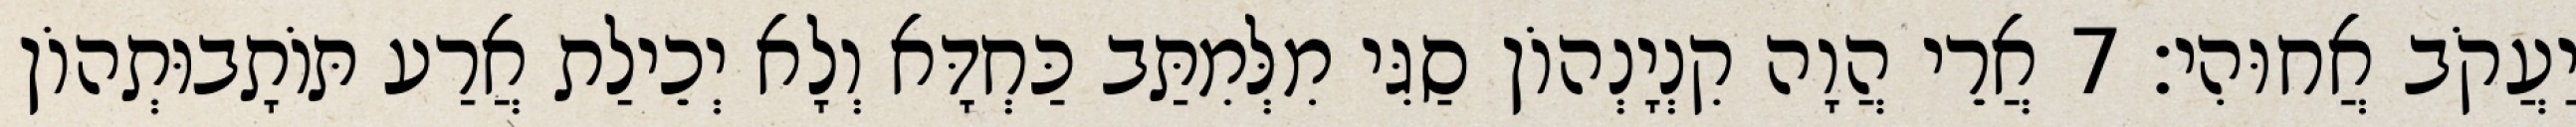
יַעֲקֹב אֲחוּהִי׃ 7 אֲרֵי הֲוָה קִנְיָנְהוֹן סַגִּי מִלְּמִתַּב כַּחְדָּא וְלָא יְכֵילַת אֲרַע תּוֹתָבוּתְהוֹן